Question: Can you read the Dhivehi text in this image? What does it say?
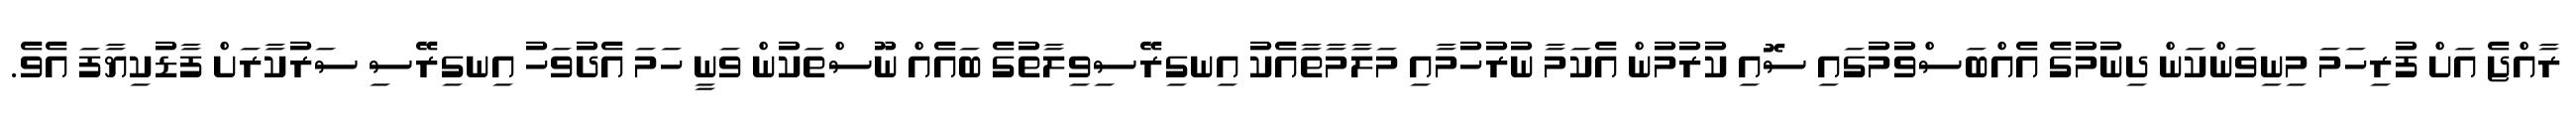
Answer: ރާއްޖެ އަށް ފުރިހަމަ މިނިވަންކަން ދިނުމުގެ އެއްބަސްވުމުގައި ސޮއި ކުރުމުން އެކަމާ ނުރުހުމާއި މަލާމާތާއެކު އިނގިރޭސިވިލާތުގެ ބައެއް ނޫސްތަކުން ވަނީ ހަމަ އެދުވަހު އިނގިރޭސި ސަރުކާރަށް ފާޑުކިޔާފަ އެވެ.